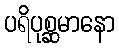
ပရိပုစ္ဆမာနော